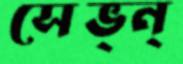
সেভ্ন্